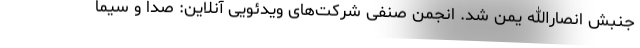
جنبش انصارالله یمن شد. انجمن صنفی شرکت‌های ویدئویی آنلاین: صدا و سیما